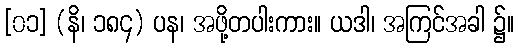
[၀၁] (နိ၊ ၁၈၄) ပန၊ အဖို့တပါးကား။ ယဒါ၊ အကြင်အခါ ၌။